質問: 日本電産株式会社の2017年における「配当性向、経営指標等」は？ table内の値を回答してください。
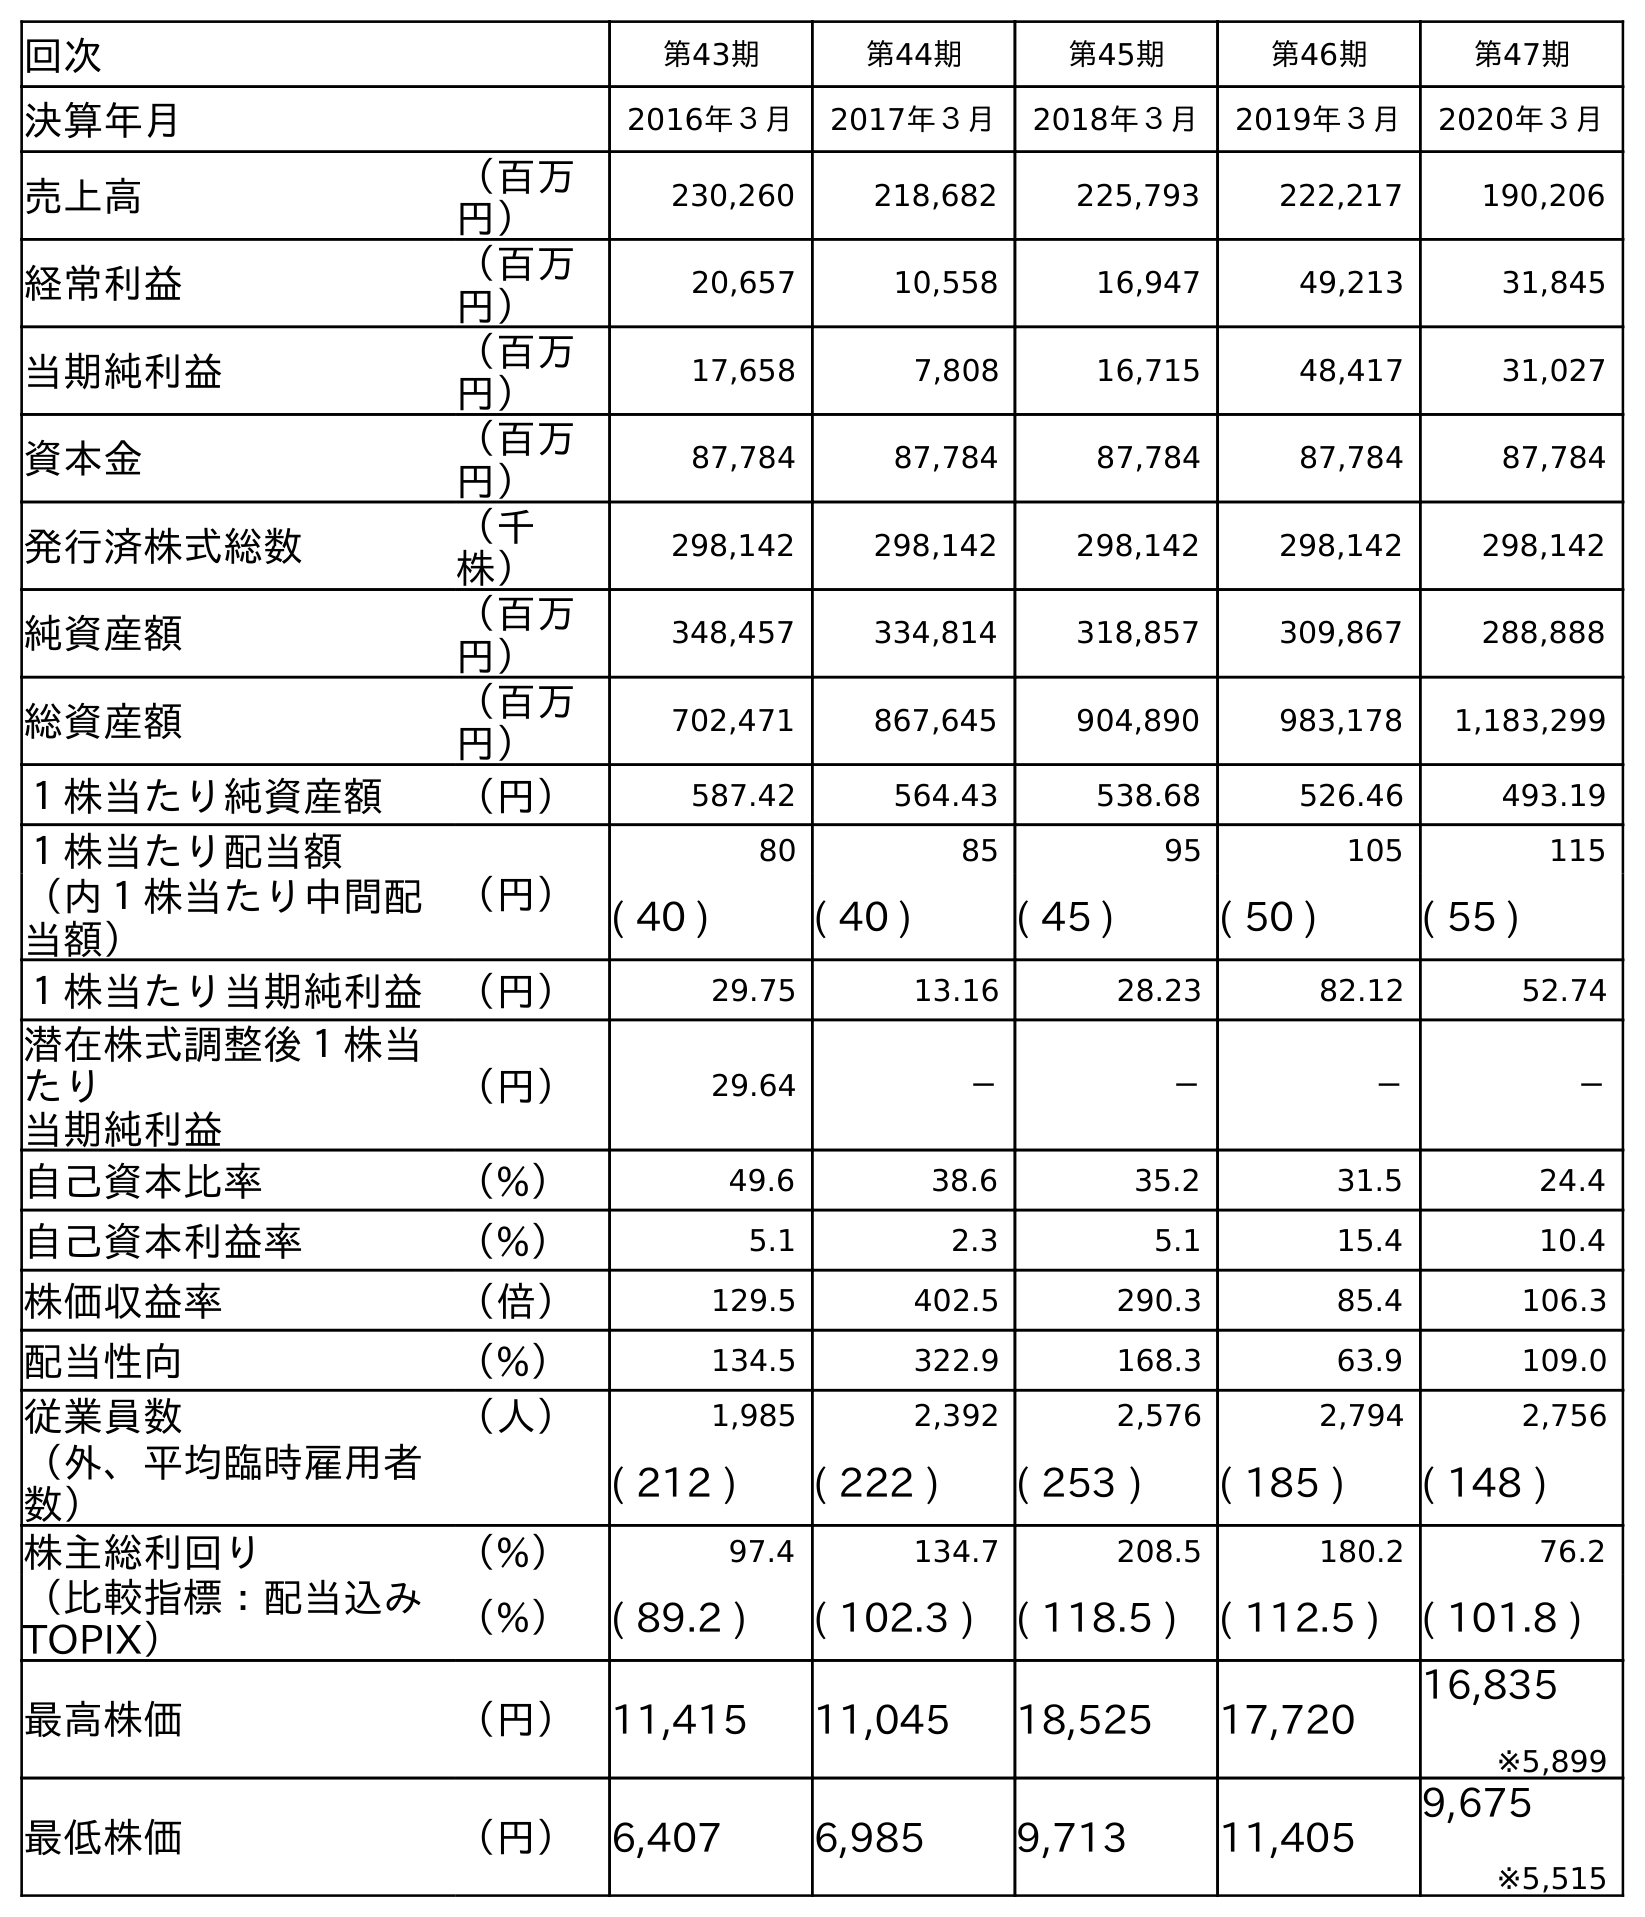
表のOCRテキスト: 回次 第43期 第44期 第45期 第46期 第47期 決算年月 2016年３月 2017年３月 2018年３月 2019年３月 2020年３月 売上高 （百万 円） 230,260 218,682 225,793 222,217 190,206 経常利益 （百万 円） 20,657 10,558 16,947 49,213 31,845 当期純利益 （百万 円） 17,658 7,808 16,715 48,417 31,027 資本金 （百万 円） 87,784 87,784 87,784 87,784 87,784 発行済株式総数 （千 株） 298,142 298,142 298,142 298,142 298,142 純資産額 （百万 円） 348,457 334,814 318,857 309,867 288,888 総資産額 （百万 円） 702,471 867,645 904,890 983,178 1,183,299 １株当たり純資産額 （円） 587.42 564.43 538.68 526.46 493.19 １株当たり配当額 （円） 80 85 95 105 115 （内１株当たり中間配 当額） ( 40 ) ( 40 ) ( 45 ) ( 50 ) ( 55 ) １株当たり当期純利益 （円） 29.75 13.16 28.23 82.12 52.74 潜在株式調整後１株当 たり 当期純利益 （円） 29.64 － － － － 自己資本比率 （%） 49.6 38.6 35.2 31.5 24.4 自己資本利益率 （%） 5.1 2.3 5.1 15.4 10.4 株価収益率 （倍） 129.5 402.5 290.3 85.4 106.3 配当性向 （%） 134.5 322.9 168.3 63.9 109.0 従業員数 （人） 1,985 2,392 2,576 2,794 2,756 （外、平均臨時雇用者 数） ( 212 ) ( 222 ) ( 253 ) ( 185 ) ( 148 ) 株主総利回り （%） 97.4 134.7 208.5 180.2 76.2 （比較指標：配当込み TOPIX） （%） ( 89.2 ) ( 102.3 ) ( 118.5 ) ( 112.5 ) ( 101.8 ) 最高株価 （円） 11,415 11,045 18,525 17,720 16,835 ※5,899 最低株価 （円） 6,407 6,985 9,713 11,405 9,675 ※5,515
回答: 322.9